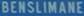
BENSILIMANE